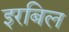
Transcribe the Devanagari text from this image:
इरबिल